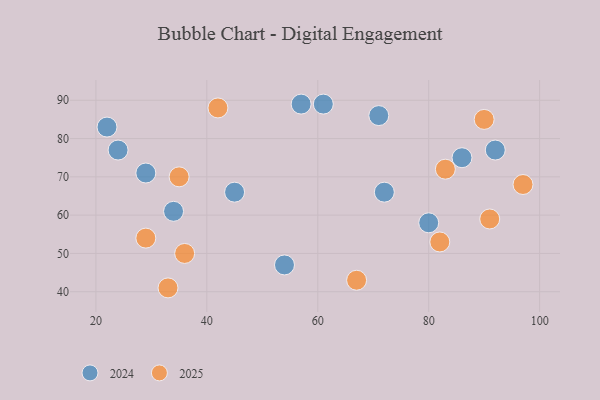
{"axis": {"x": "GDP", "y": "Life Expectancy"}, "legend": ["2024", "2025"], "data": [{"x": "92", "y": 77, "type": "2024"}, {"x": "80", "y": 58, "type": "2024"}, {"x": "45", "y": 66, "type": "2024"}, {"x": "71", "y": 86, "type": "2024"}, {"x": "54", "y": 47, "type": "2024"}, {"x": "86", "y": 75, "type": "2024"}, {"x": "61", "y": 89, "type": "2024"}, {"x": "57", "y": 89, "type": "2024"}, {"x": "22", "y": 83, "type": "2024"}, {"x": "72", "y": 66, "type": "2024"}, {"x": "29", "y": 71, "type": "2024"}, {"x": "24", "y": 77, "type": "2024"}, {"x": "34", "y": 61, "type": "2024"}, {"x": "83", "y": 72, "type": "2025"}, {"x": "36", "y": 50, "type": "2025"}, {"x": "42", "y": 88, "type": "2025"}, {"x": "91", "y": 59, "type": "2025"}, {"x": "67", "y": 43, "type": "2025"}, {"x": "35", "y": 70, "type": "2025"}, {"x": "29", "y": 54, "type": "2025"}, {"x": "82", "y": 53, "type": "2025"}, {"x": "90", "y": 85, "type": "2025"}, {"x": "97", "y": 68, "type": "2025"}, {"x": "33", "y": 41, "type": "2025"}]}